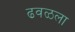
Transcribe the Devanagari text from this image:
ढवळला